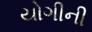
યોગીની